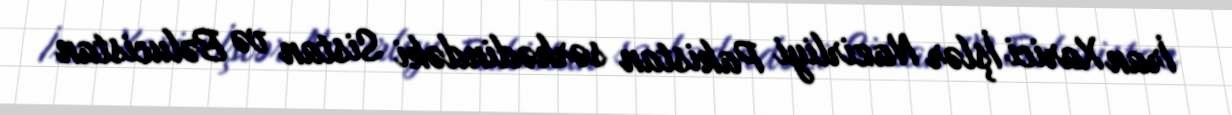
İran Xarici İşlər Nazirliyi Pakistan sərhədindəki Sistan və Bəlucistan